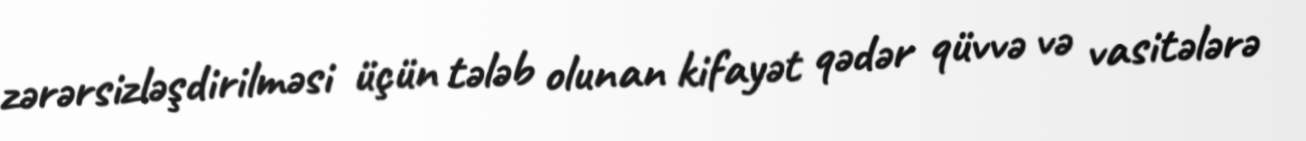
zərərsizləşdirilməsi üçün tələb olunan kifayət qədər qüvvə və vasitələrə